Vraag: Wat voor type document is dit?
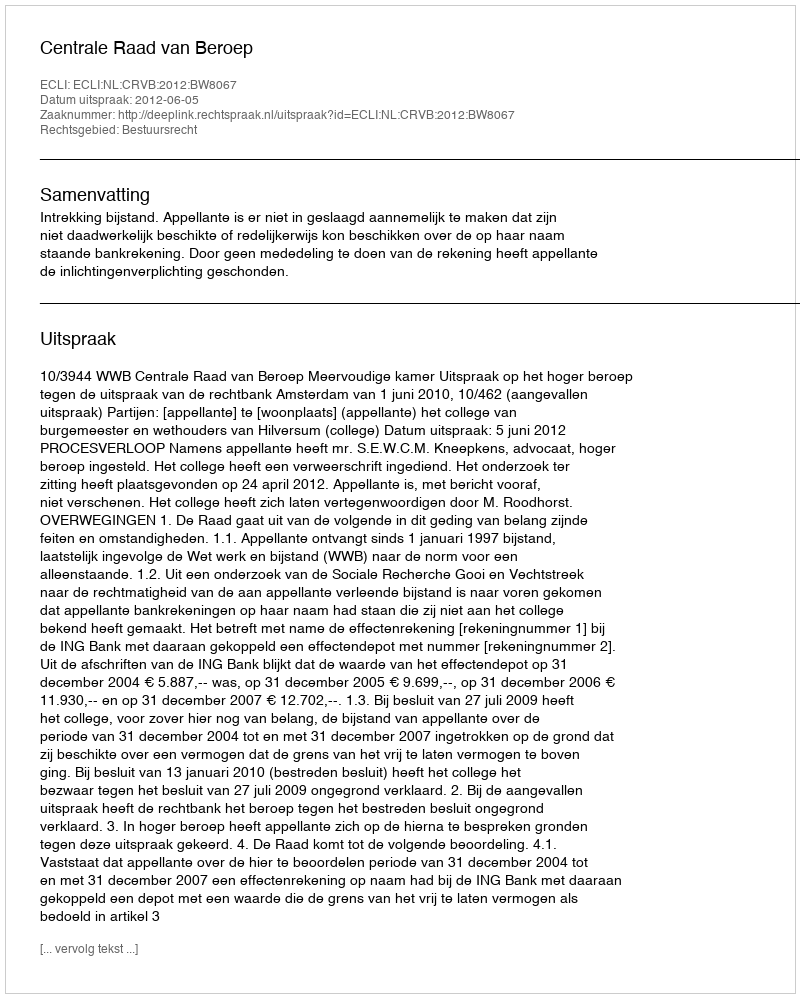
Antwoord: Uitspraak